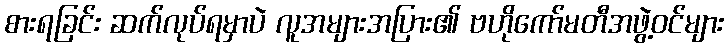
စားရခြင်း ဆက်လုပ်ရမှာပဲ လူအများအပြား၏ ဗဟိုကော်မတီအဖွဲ့ဝင်များ